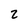
Character: 2